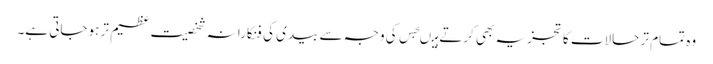
وہ تمام تر حالات کا تجزیہ بھی کرتے ہیںجس کی وجہ سے بیدی کی فنکارانہ شخصیت عظیم تر ہوجاتی ہے۔